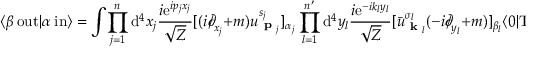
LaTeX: \langle \beta \ \mathrm { o u t } | \alpha \ \mathrm { i n } \rangle = \int \! \prod _ { j = 1 } ^ { n } \mathrm { d } ^ { 4 } x _ { j } { \frac { i \mathrm { e } ^ { i p _ { j } x _ { j } } } { \sqrt { Z } } } [ ( i { \partial \! \! \! / } _ { x _ { j } } + m ) u _ { { \textbf { p } } _ { j } } ^ { s _ { j } } ] _ { \alpha _ { j } } \prod _ { l = 1 } ^ { n ^ { \prime } } \mathrm { d } ^ { 4 } y _ { l } { \frac { i \mathrm { e } ^ { - i k _ { l } y _ { l } } } { \sqrt { Z } } } [ { \bar { u } } _ { { \textbf { k } } _ { l } } ^ { \sigma _ { l } } ( - i { \partial \! \! \! / } _ { y _ { l } } + m ) ] _ { \beta _ { l } } \langle 0 | \mathrm { T } [ \Psi _ { \beta _ { 1 } } ( y _ { 1 } ) . . . \Psi _ { \beta _ { n ^ { \prime } } } ( y _ { n ^ { \prime } } ) { \bar { \Psi } } _ { \alpha _ { 1 } } ( x _ { 1 } ) . . . { \bar { \Psi } } _ { \alpha _ { n } } ( x _ { n } ) ] | 0 \rangle .